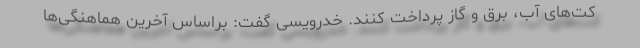
کت‌های آب، برق و گاز پرداخت کنند. خدرویسی گفت: براساس آخرین هماهنگی‌ها